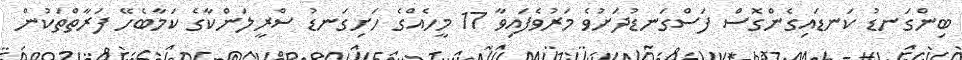
ބިންގަނޑު ކަނޑައިގެންގޮސް ފަސްގަނޑުދަށުވެ މަރުވެފައިވާ 17 މީހެއްގެ ހަށިގަނޑު ސްރީލަންކާގެ ކަމާބެހޭ ފަރާތްތަކުން